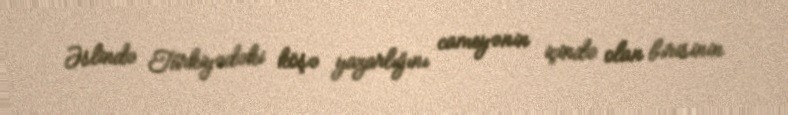
Əslində Türkiyədəki köşə yazarlığını cameyənin içində olan birisinin